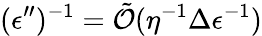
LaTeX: (\epsilon^{\prime\prime})^{-1}=\tilde{\mathcal{O}}(\eta^{-1}\Delta\epsilon^{-1})